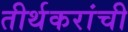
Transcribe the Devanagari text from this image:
तीर्थकरांची